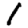
Digit: 1